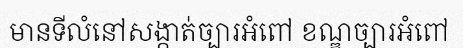
មានទីលំនៅសង្កាត់ច្បារអំពៅ ខណ្ឌច្បារអំពៅ